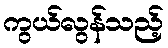
ကွယ်လွန်သည့်